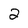
Character: 2